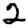
Digit: 2